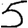
Digit: 5